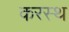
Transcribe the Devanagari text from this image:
करस्थ